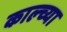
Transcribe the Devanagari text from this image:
काल्च्या